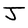
Character: J